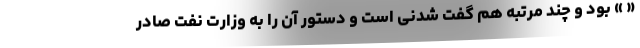
« » بود و چند مرتبه هم گفت شدنی است و دستور آن را به وزارت نفت صادر